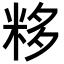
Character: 𥹠